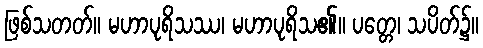
ဖြစ်သတတ်။ မဟာပုရိသဿ၊ မဟာပုရိသ၏။ ပတ္တေ၊ သပိတ်၌။